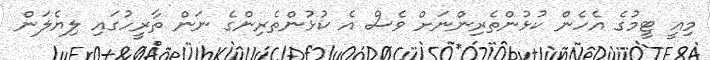
މިއީ ޓީމުގެ އެހެން ކުޅުންތެރިންނަށް ވެސް އެ ކުޅުންތެރިންގެ ނަން ތާރީހުގައި ލިޔެލަން